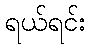
ရယ်ရင်း